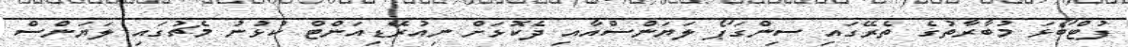
ފުޓްބޯޅަ މުބާރާތުގެ ތެރޭގައި ސިންގަޕޯ ލަޔަންސްއާއި ދެކޮޅަށް ނިއުރޭޑިއަންޓް ކުޅުނު މެޗުގައި ލަޔަންސް